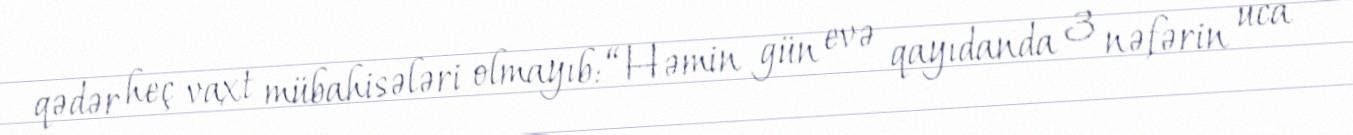
qədər heç vaxt mübahisələri olmayıb: “Həmin gün evə qayıdanda 3 nəfərin uca